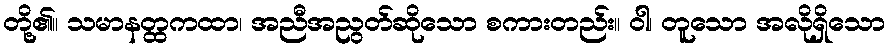
တို့၏။ သမာနတ္ထကထာ၊ အညီအညွတ်ဆိုသော စကားတည်း။ ဝါ၊ တူသော အလိုရှိသော